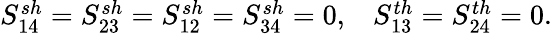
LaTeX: \begin{array}{r}{{S_{14}^{sh}=S_{23}^{sh}=S_{12}^{sh}=S_{34}^{sh}=0,}\quad{S_{13}^{th}=S_{24}^{th}=0}.}\end{array}